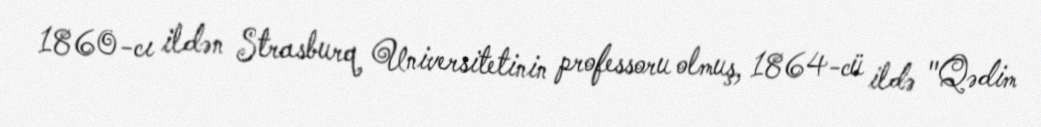
1860-cı ildən Strasburq Universitetinin professoru olmuş, 1864-cü ildə "Qədim